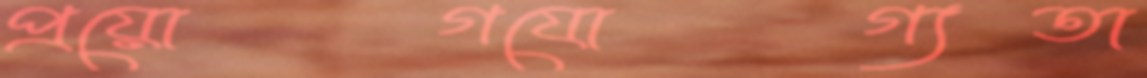
প্রয়োগযোগ্যতা